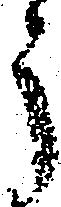
う